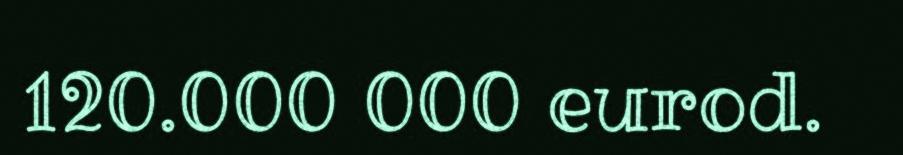
120.000 000 eurod.